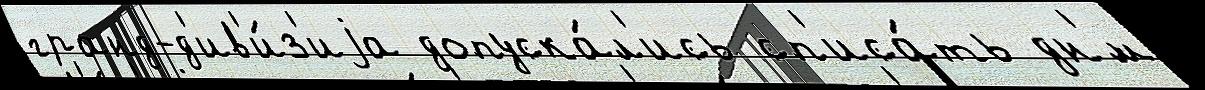
гранд-д'ив'и́з'иjа допуска́л'ись сп'иса́ть дн'́м